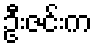
ဦးဇင်းက